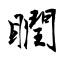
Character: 瞤